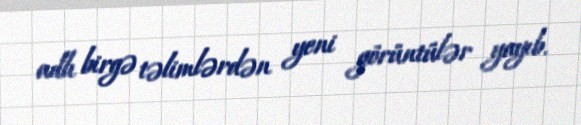
adlı birgə təlimlərdən yeni görüntülər yayıb.